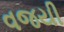
વજયી